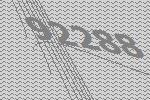
92288